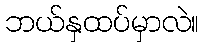
ဘယ်နှထပ်မှာလဲ။